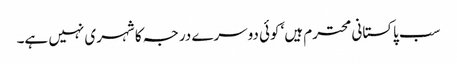
سب پاکستانی محترم ہیں‘ کوئی دوسرے درجہ کا شہری نہیں ہے۔